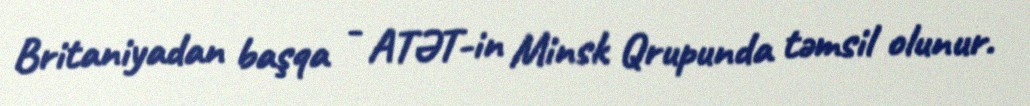
Britaniyadan başqa - ATƏT-in Minsk Qrupunda təmsil olunur.